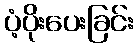
ပံ့ပိုးပေးခြင်း